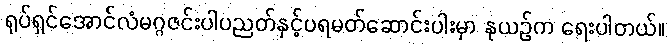
ရုပ်ရှင်အောင်လံမဂ္ဂဇင်းပါပညတ်နှင့်ပရမတ်ဆောင်းပါးမှာ နုယဉ်က ရေးပါတယ်။